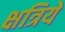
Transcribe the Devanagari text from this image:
क्षत्रिये